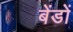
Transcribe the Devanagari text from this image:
बेंडों